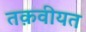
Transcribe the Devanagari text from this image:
तक़वीयत